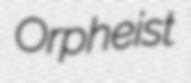
Orpheist